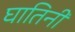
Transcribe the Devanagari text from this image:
घातिनी